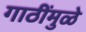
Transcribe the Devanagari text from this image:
गाठींमुळे